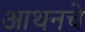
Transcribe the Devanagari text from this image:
आथनचे